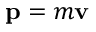
\mathbf { p } = m \mathbf { v } \,